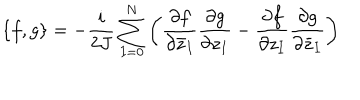
LaTeX: \{ f , g \} = - \frac { i } { 2 J } \sum _ { I = 0 } ^ { N } \left( \frac { \partial f } { \partial { \bar { z } } _ { I } } \frac { \partial g } { \partial z _ { I } } - \frac { \partial f } { \partial z _ { I } } \frac { \partial g } { \partial { \bar { z } } _ { I } } \right)